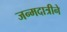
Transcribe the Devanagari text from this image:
जन्मदात्रीने